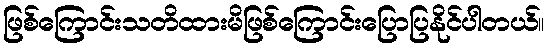
ဖြစ်ကြောင်းသတိထားမိဖြစ်ကြောင်းပြောပြနိုင်ပါတယ်။